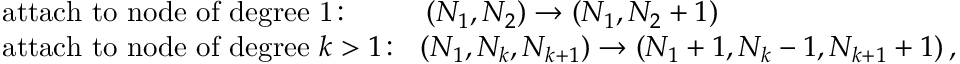
\begin{array} { r l } & { \mathrm { a t t a c h \ t o \ n o d e \ o f \ d e g r e e \ 1 \! : } ~ ~ ~ ~ ~ ~ ~ ~ \, ( N _ { 1 } , N _ { 2 } ) \to ( N _ { 1 } , N _ { 2 } + 1 ) } \\ & { \mathrm { a t t a c h \ t o \ n o d e \ o f \ d e g r e e \ } k > 1 \! : ~ ~ ( N _ { 1 } , N _ { k } , N _ { k + 1 } ) \to ( N _ { 1 } + 1 , N _ { k } - 1 , N _ { k + 1 } + 1 ) \, , } \end{array}